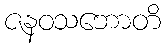
ဇနဝသဘောတိ